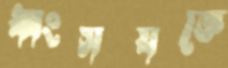
ধ্বংসযজ্ঞে